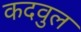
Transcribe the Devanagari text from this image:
कदवुल